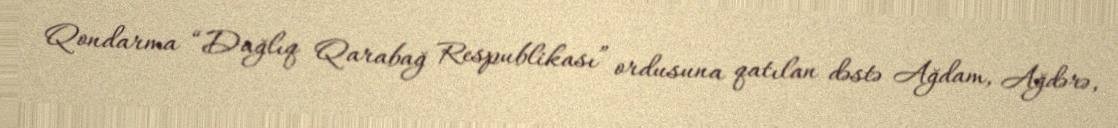
Qondarma “Dağlıq Qarabağ Respublikası” ordusuna qatılan dəstə Ağdam, Ağdərə,